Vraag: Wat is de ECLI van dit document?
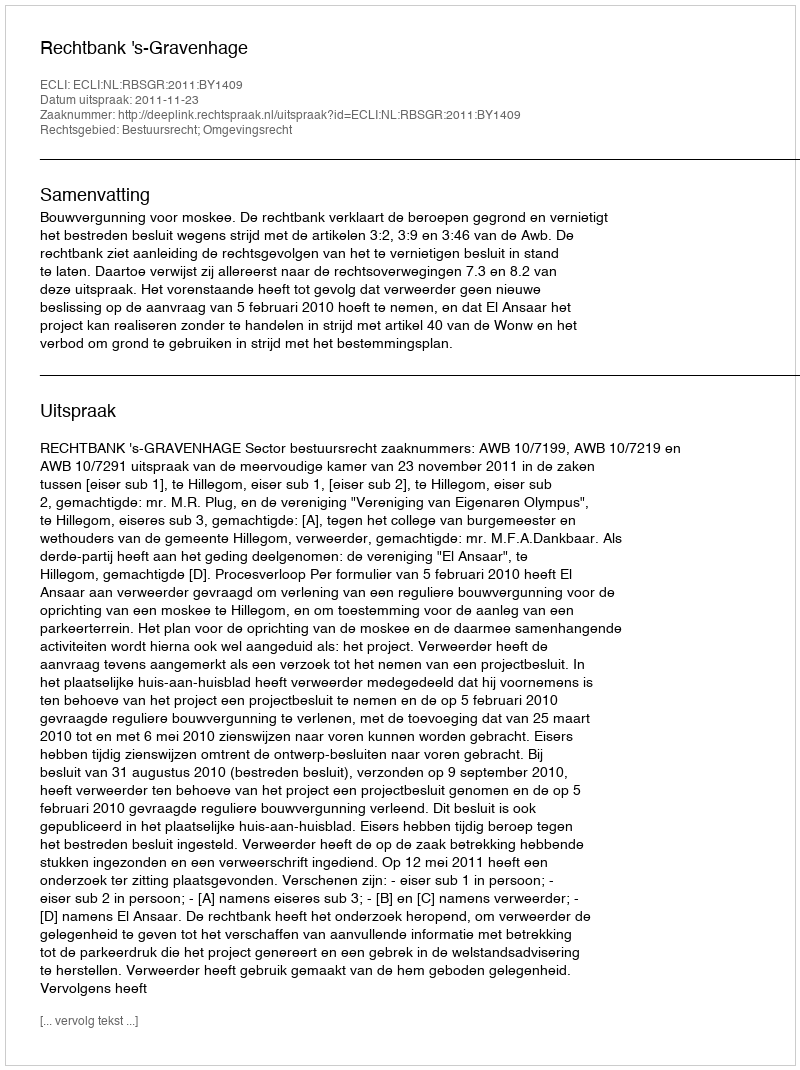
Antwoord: ECLI:NL:RBSGR:2011:BY1409